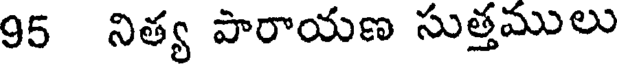
95 నిత్య పారాయణ సుత్తములు